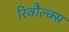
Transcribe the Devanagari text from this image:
रिवौल्क्स